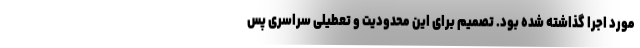
مورد اجرا گذاشته شده بود. تصمیم برای این محدودیت و تعطیلی سراسری پس